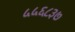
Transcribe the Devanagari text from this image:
५५६८३७